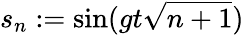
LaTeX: s_{n}:=\sin(gt\sqrt{n+1})